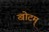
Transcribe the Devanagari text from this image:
खोटम्